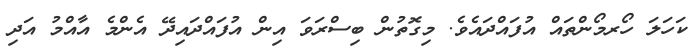
ކަހަލަ ހޯރމޯންތައް އުފައްދައެވެ. މިގޮތުން ބިސްރަވަ އިން އުފައްދައިދޭ އެންމެ އާއްމު އަދި